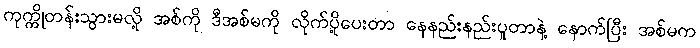
ကုက္ကိုတန်းသွားမလို့ အစ်ကို ဒီအစ်မကို လိုက်ပို့ပေးတာ နေနည်းနည်းပူတာနဲ့ နောက်ပြီး အစ်မက